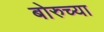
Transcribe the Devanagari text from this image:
बोरुच्या